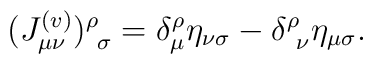
(J^{(v)}_{\mu\nu})^{\rho}_{\ \sigma}=\delta^{\rho}_{\mu}\eta_{\nu\sigma} - \delta^{\rho}_{\ \nu}\eta_{\mu\sigma}.